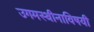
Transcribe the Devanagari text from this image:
उगमस्थीनाविषयी